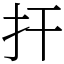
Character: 扞